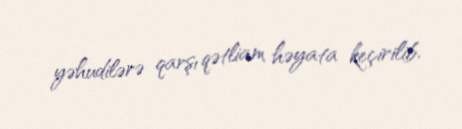
yəhudilərə qarşı qətliam həyata keçirilib.